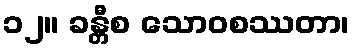
၁၂။ ခန္တီစ သောဝစဿတာ၊